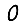
Digit: 0